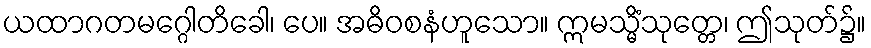
ယထာဂတမဂ္ဂေါတိခေါ၊ ပေ။ အဓိဝစနံဟူသော။ ဣမသ္မိံသုတ္တေ၊ ဤသုတ်၌။